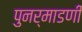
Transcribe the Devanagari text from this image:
पुनर्माडणी